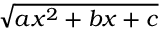
\sqrt { a x ^ { 2 } + b x + c }